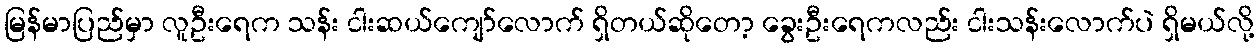
မြန်မာပြည်မှာ လူဦးရေက သန်း ငါးဆယ်ကျော်လောက် ရှိတယ်ဆိုတော့ ခွေးဦးရေကလည်း ငါးသန်းလောက်ပဲ ရှိမယ်လို့